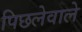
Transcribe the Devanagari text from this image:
पिछलेवाले